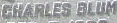
CHARLES BLUM